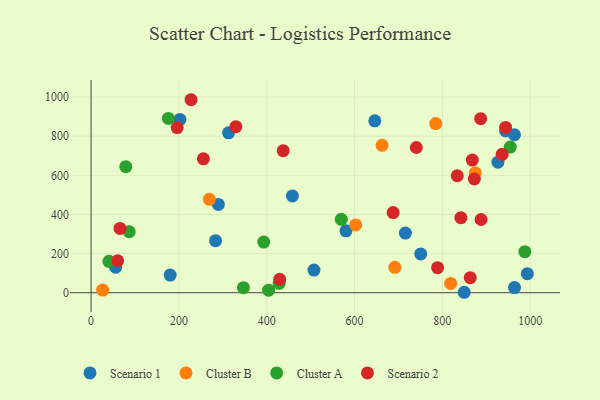
{"axis": {"x": "Study Hours", "y": "Rating"}, "legend": ["Cluster A", "Cluster B", "Scenario 1", "Scenario 2"], "data": [{"x": "849.7", "y": 2.2, "type": "Scenario 1"}, {"x": "964.2", "y": 807.4, "type": "Scenario 1"}, {"x": "715.8", "y": 304.8, "type": "Scenario 1"}, {"x": "580.5", "y": 316.4, "type": "Scenario 1"}, {"x": "313.1", "y": 817.4, "type": "Scenario 1"}, {"x": "964.3", "y": 26.2, "type": "Scenario 1"}, {"x": "283.5", "y": 266.1, "type": "Scenario 1"}, {"x": "750.7", "y": 198.1, "type": "Scenario 1"}, {"x": "944.1", "y": 826.8, "type": "Scenario 1"}, {"x": "202.3", "y": 885.8, "type": "Scenario 1"}, {"x": "507.6", "y": 115.9, "type": "Scenario 1"}, {"x": "289.8", "y": 451.4, "type": "Scenario 1"}, {"x": "55.9", "y": 130.1, "type": "Scenario 1"}, {"x": "993.6", "y": 97.4, "type": "Scenario 1"}, {"x": "458.5", "y": 494.5, "type": "Scenario 1"}, {"x": "180.2", "y": 90.3, "type": "Scenario 1"}, {"x": "926.6", "y": 667.3, "type": "Scenario 1"}, {"x": "646.1", "y": 878.5, "type": "Scenario 1"}, {"x": "691.8", "y": 129.6, "type": "Cluster B"}, {"x": "818.8", "y": 47.6, "type": "Cluster B"}, {"x": "785.0", "y": 864.3, "type": "Cluster B"}, {"x": "874.8", "y": 612.4, "type": "Cluster B"}, {"x": "26.3", "y": 13.3, "type": "Cluster B"}, {"x": "269.3", "y": 477.2, "type": "Cluster B"}, {"x": "602.6", "y": 346.4, "type": "Cluster B"}, {"x": "662.6", "y": 753.2, "type": "Cluster B"}, {"x": "393.3", "y": 258.6, "type": "Cluster A"}, {"x": "954.6", "y": 744.3, "type": "Cluster A"}, {"x": "79.1", "y": 644.2, "type": "Cluster A"}, {"x": "176.0", "y": 891.0, "type": "Cluster A"}, {"x": "40.7", "y": 160.5, "type": "Cluster A"}, {"x": "569.8", "y": 375.0, "type": "Cluster A"}, {"x": "404.3", "y": 12.7, "type": "Cluster A"}, {"x": "86.8", "y": 311.5, "type": "Cluster A"}, {"x": "346.9", "y": 25.7, "type": "Cluster A"}, {"x": "987.9", "y": 209.5, "type": "Cluster A"}, {"x": "428.3", "y": 48.2, "type": "Cluster A"}, {"x": "60.5", "y": 163.3, "type": "Scenario 2"}, {"x": "65.9", "y": 328.8, "type": "Scenario 2"}, {"x": "740.7", "y": 742.1, "type": "Scenario 2"}, {"x": "429.6", "y": 68.8, "type": "Scenario 2"}, {"x": "833.9", "y": 597.9, "type": "Scenario 2"}, {"x": "687.9", "y": 409.5, "type": "Scenario 2"}, {"x": "887.2", "y": 889.7, "type": "Scenario 2"}, {"x": "789.1", "y": 127.8, "type": "Scenario 2"}, {"x": "255.8", "y": 684.1, "type": "Scenario 2"}, {"x": "842.1", "y": 383.4, "type": "Scenario 2"}, {"x": "329.8", "y": 848.8, "type": "Scenario 2"}, {"x": "437.5", "y": 725.8, "type": "Scenario 2"}, {"x": "888.1", "y": 374.2, "type": "Scenario 2"}, {"x": "868.2", "y": 678.0, "type": "Scenario 2"}, {"x": "872.9", "y": 581.2, "type": "Scenario 2"}, {"x": "863.5", "y": 76.9, "type": "Scenario 2"}, {"x": "936.1", "y": 707.5, "type": "Scenario 2"}, {"x": "944.0", "y": 845.0, "type": "Scenario 2"}, {"x": "196.1", "y": 843.9, "type": "Scenario 2"}, {"x": "227.7", "y": 986.4, "type": "Scenario 2"}]}